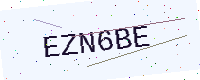
Text: EZN6BE